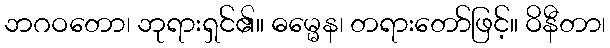
ဘဂဝတော၊ ဘုရားရှင်၏။ ဓမ္မေန၊ တရားတော်ဖြင့်။ ဝိနီတာ၊